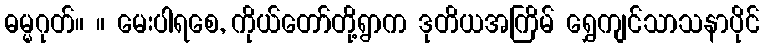
ဓမ္မဂုတ်။ ။ မေးပါရစေ, ကိုယ်တော်တို့ရွာက ဒုတိယအကြိမ် ရွှေကျင်သာသနာပိုင်